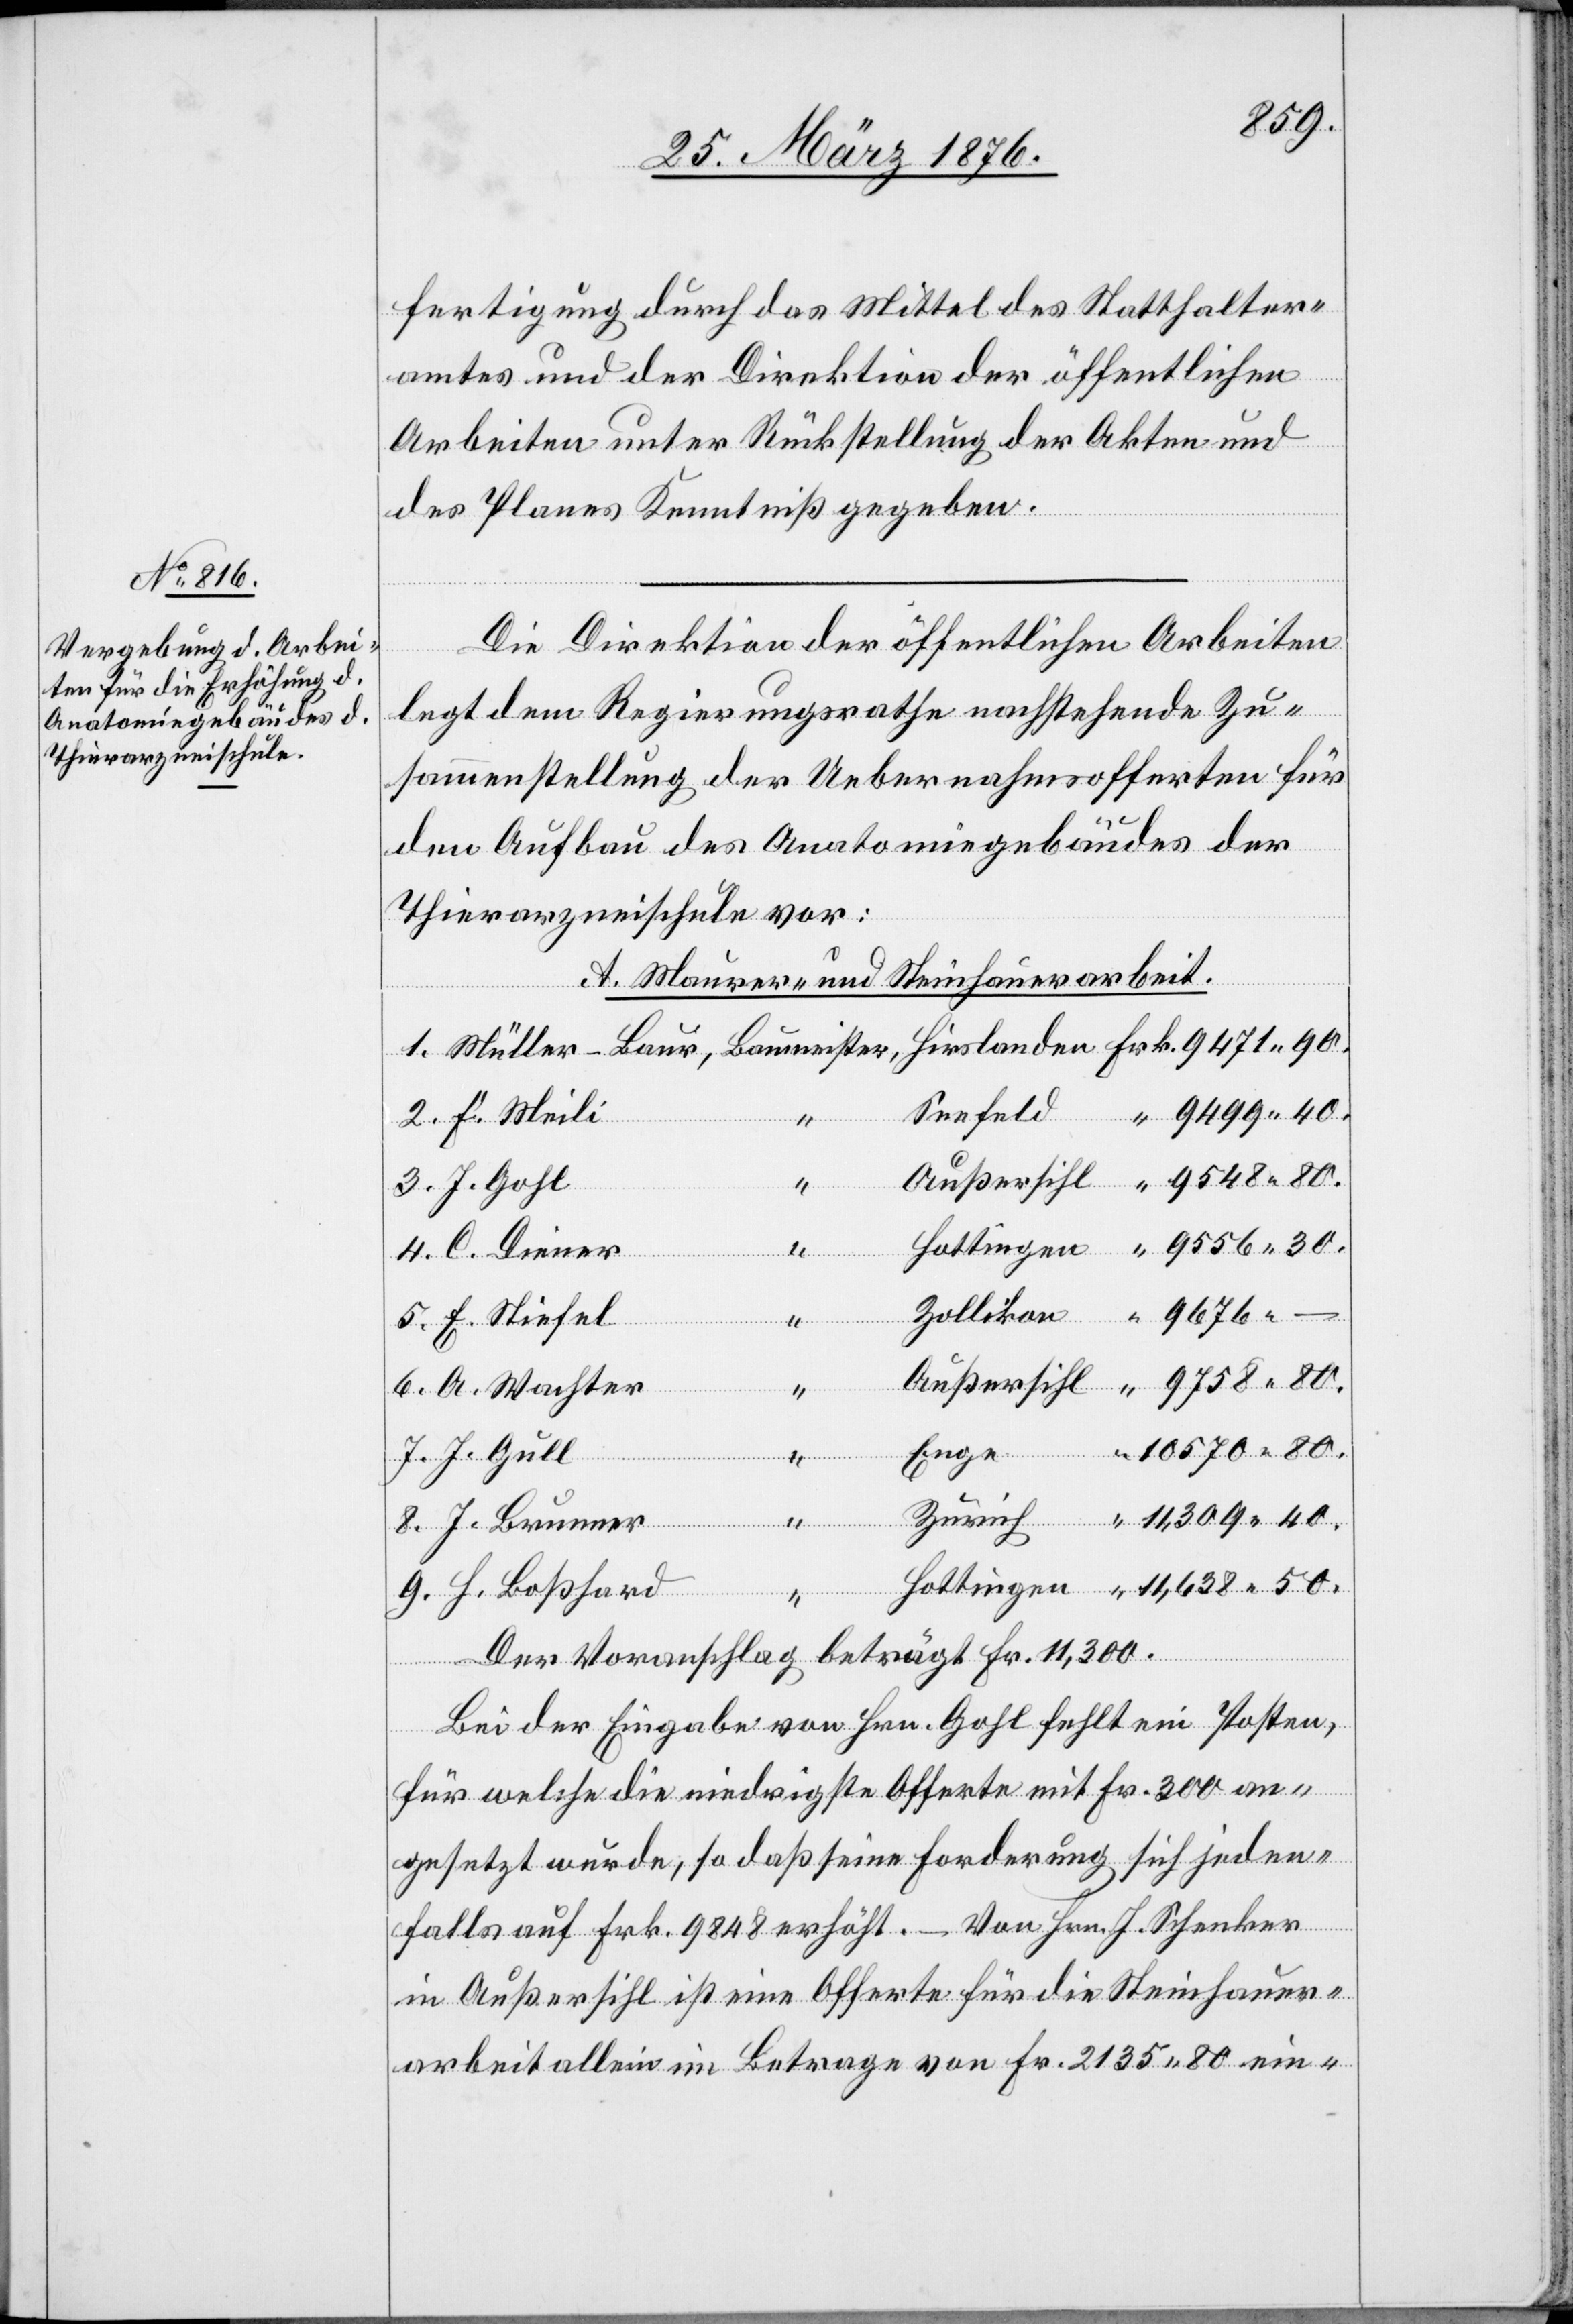
fertigung durch das Mittel des Statthalter¬
amtes und der Direktion der öffentlichen
Arbeiten unter Rückstellung der Akten und
des Planes Kenntniß gegeben.
Die Direktion der öffentlichen Arbeiten
legt dem Regierungsrathe nachstehende Zu¬
sammenstellung der Uebernahmsofferten für
den Aufbau des Anatomiegebäudes der
Thierarzneischule vor:
Meili
A. Maurer und Steinhauerarbeit.
9.
A.
Baumeister,
Hottingen
50.
Enge
H. Boßhard
anden
Der Voranschlag beträgt Frk. 11,300.
Bei der Eingabe von Hrn. Gohl fehlt ein Posten,
für welche die niedrigste Offerte mit Fr. 300 an¬
gesetzt wurde, so daß seine Forderung sich jeden¬
Zürich
falls auf Frk. 9848 erhöht. – Von Hrn. J. Schenker
in Außersihl ist eine Offerte für die Steinhauer¬
arbeit allein im Betrage von Fr. 2135 80 ein-